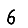
Digit: 6